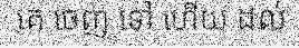
គេ ចេញ ទៅ ហើយ ដល់